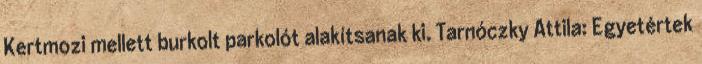
Kertmozi mellett burkolt parkolót alakítsanak ki. Tarnóczky Attila: Egyetértek